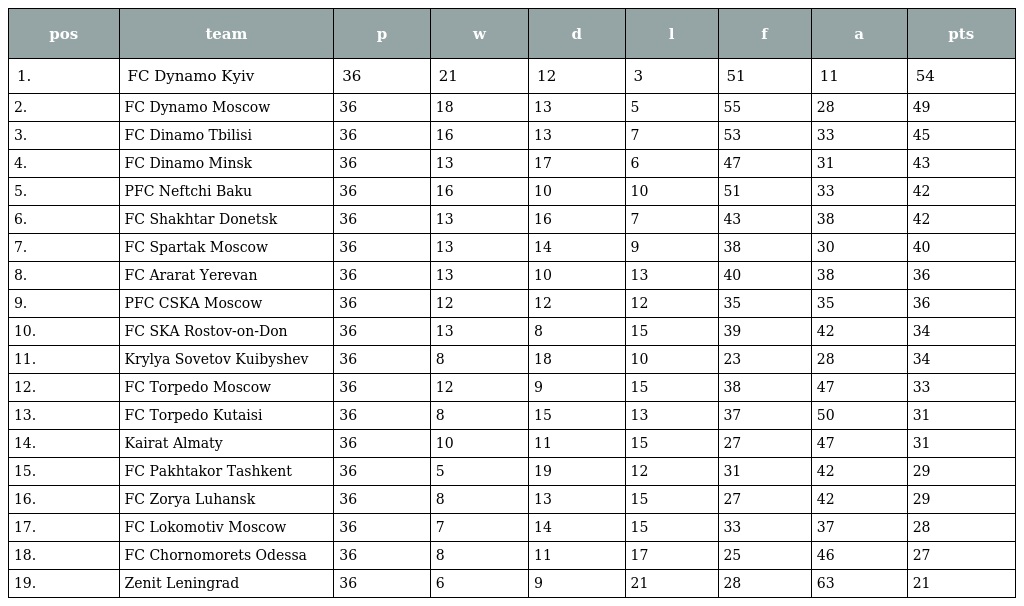
| pos | team | p | w | d | l | f | a | pts |
 | --- | --- | --- | --- | --- | --- | --- | --- | --- |
 | 1. | FC Dynamo Kyiv | 36 | 21 | 12 | 3 | 51 | 11 | 54 |
 | 2. | FC Dynamo Moscow | 36 | 18 | 13 | 5 | 55 | 28 | 49 |
 | 3. | FC Dinamo Tbilisi | 36 | 16 | 13 | 7 | 53 | 33 | 45 |
 | 4. | FC Dinamo Minsk | 36 | 13 | 17 | 6 | 47 | 31 | 43 |
 | 5. | PFC Neftchi Baku | 36 | 16 | 10 | 10 | 51 | 33 | 42 |
 | 6. | FC Shakhtar Donetsk | 36 | 13 | 16 | 7 | 43 | 38 | 42 |
 | 7. | FC Spartak Moscow | 36 | 13 | 14 | 9 | 38 | 30 | 40 |
 | 8. | FC Ararat Yerevan | 36 | 13 | 10 | 13 | 40 | 38 | 36 |
 | 9. | PFC CSKA Moscow | 36 | 12 | 12 | 12 | 35 | 35 | 36 |
 | 10. | FC SKA Rostov-on-Don | 36 | 13 | 8 | 15 | 39 | 42 | 34 |
 | 11. | Krylya Sovetov Kuibyshev | 36 | 8 | 18 | 10 | 23 | 28 | 34 |
 | 12. | FC Torpedo Moscow | 36 | 12 | 9 | 15 | 38 | 47 | 33 |
 | 13. | FC Torpedo Kutaisi | 36 | 8 | 15 | 13 | 37 | 50 | 31 |
 | 14. | Kairat Almaty | 36 | 10 | 11 | 15 | 27 | 47 | 31 |
 | 15. | FC Pakhtakor Tashkent | 36 | 5 | 19 | 12 | 31 | 42 | 29 |
 | 16. | FC Zorya Luhansk | 36 | 8 | 13 | 15 | 27 | 42 | 29 |
 | 17. | FC Lokomotiv Moscow | 36 | 7 | 14 | 15 | 33 | 37 | 28 |
 | 18. | FC Chornomorets Odessa | 36 | 8 | 11 | 17 | 25 | 46 | 27 |
 | 19. | Zenit Leningrad | 36 | 6 | 9 | 21 | 28 | 63 | 21 |